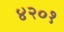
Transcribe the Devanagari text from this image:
४२०१